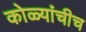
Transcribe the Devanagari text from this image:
कोळ्यांचीच